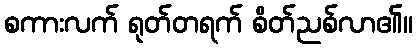
စကားလက် ရုတ်တရက် စိတ်ညစ်လာ၏။